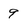
Character: 9